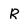
Character: R